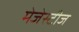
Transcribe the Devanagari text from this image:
मेजेस्टीज